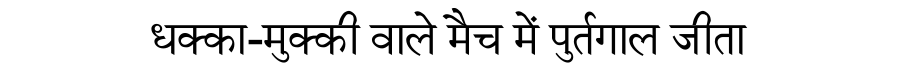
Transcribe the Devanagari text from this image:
धक्का-मुक्की वाले मैच में पुर्तगाल जीता